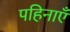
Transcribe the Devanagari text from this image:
पहिनाएँ